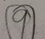
\textcircled { 9 }